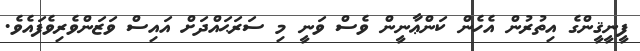
ފީނީޤީންގެ އިތުރުން އެހެން ކަންޢާނީން ވެސް ވަނީ މި ސަރަޙައްދަށް އައިސް ވަޒަންވެރިވެފައެވެ.